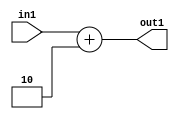
`timescale 1ps / 1ps
/*****************************************************************************
    Verilog RTL Description
    
    
    Created by: Stratus DpOpt 2019.1.01 
*******************************************************************************/

module DC_Filter_Add_4U_100_1 (
	in1,
	out1
	); /* architecture "behavioural" */ 
input [3:0] in1;
output [3:0] out1;
wire [3:0] asc001;

assign asc001 = 
	+(in1)
	+(4'B0010);

assign out1 = asc001;
endmodule

/* CADENCE  urf1Two= : u9/ySgnWtBlWxVPRXgAZ4Og= ** DO NOT EDIT THIS LINE ******/